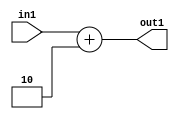
`timescale 1ps / 1ps
/*****************************************************************************
    Verilog RTL Description
    
    
    Created by: Stratus DpOpt 2019.1.01 
*******************************************************************************/

module DC_Filter_Add_4U_100_1 (
	in1,
	out1
	); /* architecture "behavioural" */ 
input [3:0] in1;
output [3:0] out1;
wire [3:0] asc001;

assign asc001 = 
	+(in1)
	+(4'B0010);

assign out1 = asc001;
endmodule

/* CADENCE  urf1Two= : u9/ySgnWtBlWxVPRXgAZ4Og= ** DO NOT EDIT THIS LINE ******/